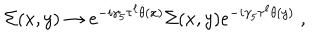
\Sigma ( x , y ) \rightarrow e ^ { - i \gamma _ { 5 } \tau ^ { \ell } \theta ( x ) } \Sigma ( x , y ) e ^ { - i \gamma _ { 5 } \tau ^ { \ell } \theta ( y ) } \; ,